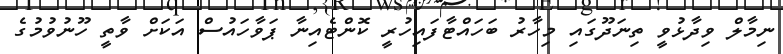
ނިމާލް ވިދާޅުވީ ތިނަދޫގައި މިހާރު ބަހައްޓާފައިހުރީ ކޮންޓެއިނާ ޕަވާހައުސް އަކަށް ވާތީ ހޫނުވުމުގެ